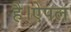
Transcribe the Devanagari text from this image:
है।ऐपल